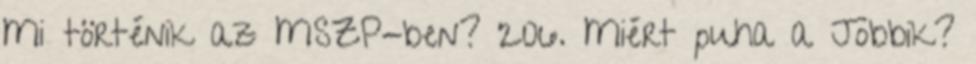
Mi történik az MSZP-ben? 206. Miért puha a Jobbik?